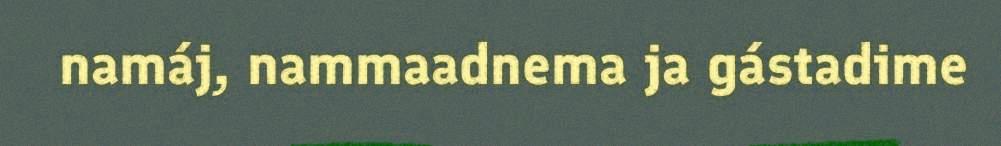
namáj, nammaadnema ja gástadime